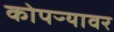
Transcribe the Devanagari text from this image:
कोपऱ्यावर